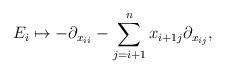
LaTeX: \begin{align*}E_{i}\mapsto -\partial_{x_{i i}}- \sum_{j=i+1}^{n}x_{i+1 j}\partial_{ x_{i j}} ,\end{align*}